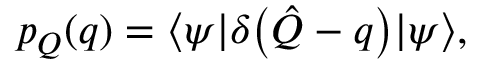
\begin{array} { r } { p _ { Q } ( q ) = \langle \psi | \delta \bigl ( \hat { Q } - q \bigr ) | \psi \rangle , } \end{array}